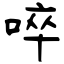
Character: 啐